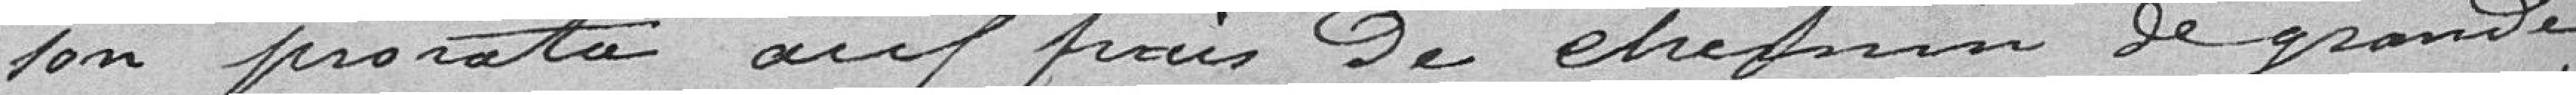
son prorata aux frais de chemin de grande